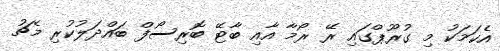
އެކަމަކު މި ގުރޫޕްގައި ރޭ ރޯމާ އާއި ބާޓޭ ބޮރިސޯފް ބައްދަލުކުރި މެޗު